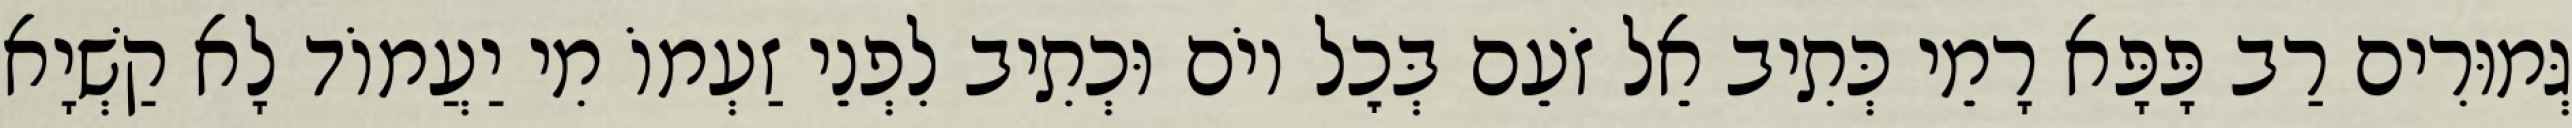
גְּמוּרִים רַב פָּפָּא רָמֵי כְּתִיב אֵל זֹעֵם בְּכׇל יוֹם וּכְתִיב לִפְנֵי זַעְמוֹ מִי יַעֲמוֹד לָא קַשְׁיָא